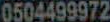
0504499972